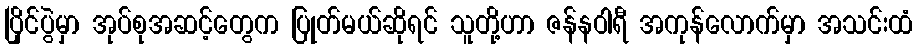
ပြိုင်ပွဲမှာ အုပ်စုအဆင့်တွေက ပြုတ်မယ်ဆိုရင် သူတို့ဟာ ဇန်နဝါရီ အကုန်လောက်မှာ အသင်းထံ